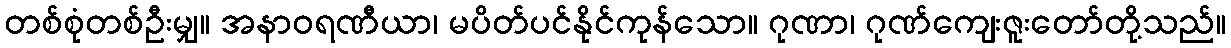
တစ်စုံတစ်ဦးမျှ။ အနာဝရဏီယာ၊ မပိတ်ပင်နိုင်ကုန်သော။ ဂုဏာ၊ ဂုဏ်ကျေးဇူးတော်တို့သည်။